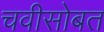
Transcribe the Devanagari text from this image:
चवीसोबत